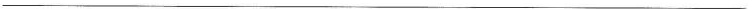
___